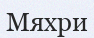
Мяхри